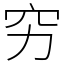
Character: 穷